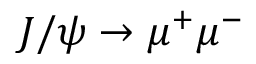
J / \psi \rightarrow \mu ^ { + } \mu ^ { - }